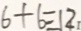
6 + 6 \equiv 1 2